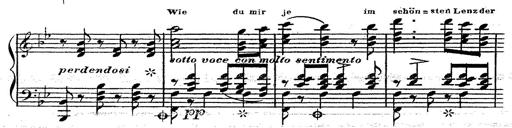
Title: 12 Lieder von Franz Schubert
Composer: Franz Liszt